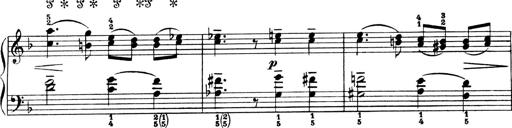
Title: 4 Sonatines
Composer: Max Reger